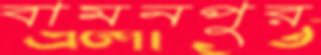
বামনপুর